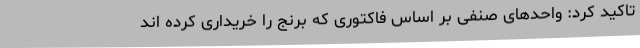
تاکید کرد: واحدهای صنفی بر اساس فاکتوری که برنج را خریداری کرده اند